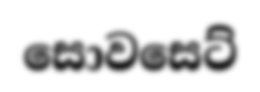
සොවසෙට්